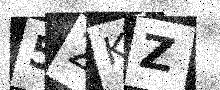
Text: 52KZ